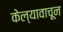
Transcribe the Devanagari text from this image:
केल्यावाचून